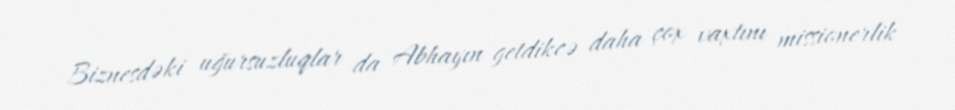
Biznesdəki uğursuzluqlar da Abhayın getdikcə daha çox vaxtını missionerlik